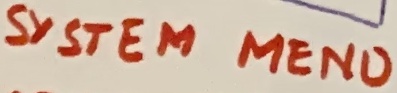
Text: SYSTEM MENU